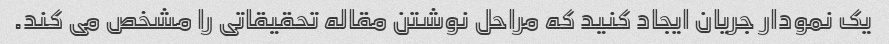
یک نمودار جریان ایجاد کنید که مراحل نوشتن مقاله تحقیقاتی را مشخص می کند.